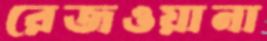
রেজওয়ানা